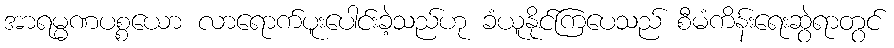
အာရမ္မဏပစ္စယော လာရောက်ပူးပေါင်းခဲ့သည်ဟု ခံယူနိုင်ကြပေသည် စီမံကိန်းရေးဆွဲရာတွင်